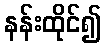
နန်းထိုင်၍